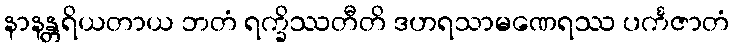
နာနန္တရိယတာယ ဘတံ ရက္ခိဿတီတိ ဒဟရသာမဏေရဿ ပင်္ကဇာတံ